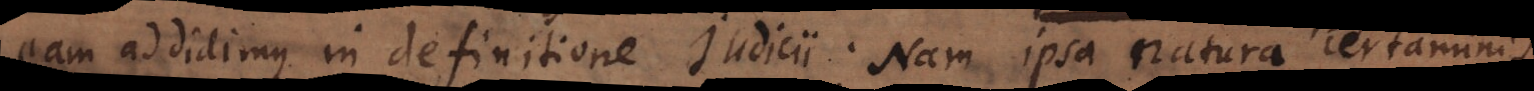
eam addidimus in definitione Judicii. Nam ipsa natura certaminis